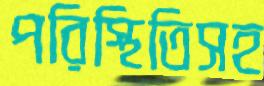
পরিস্থিতিসহ